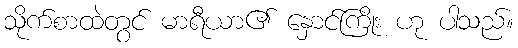
သိုက်စာထဲတွင် မာရီယာ၏ နှောင်ကြိုး ဟု ပါသည်။